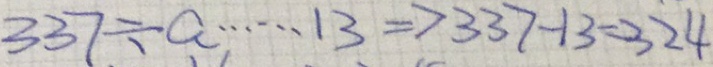
3 3 7 \div a \cdots 1 3 \Rightarrow 3 3 7 - 1 3 = 3 2 4